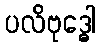
ပလိဗုဒ္ဓေါ